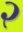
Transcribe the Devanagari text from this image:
२